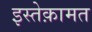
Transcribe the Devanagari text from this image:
इस्तेक़ामत